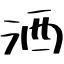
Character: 洒